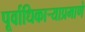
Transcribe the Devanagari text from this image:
पूर्वाधिकार्‍याप्रमाणे